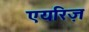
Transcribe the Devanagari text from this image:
एयरिज़